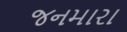
જનમારા